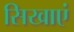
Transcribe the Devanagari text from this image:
सिखाएं